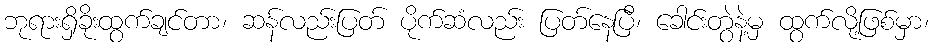
ဘုရားရှိခိုးထွက်ချင်တာ၊ ဆန်လည်းပြတ် ပိုက်ဆံလည်း ပြတ်နေပြီ၊ ခေါင်းတွဲနဲ့မှ ထွက်လို့ဖြစ်မှာ၊